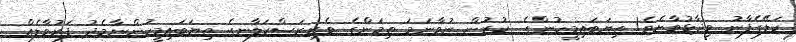
ކަލޭގެފާނު ވިދާޅުވާށެވެ! ތިޔަބައިމީހުންގެ  ކުރުން ނުވާނަމަ ތިމަންގެ ވެރިރަސްކަލާނގެ ތިޔަބައިމީހުންނާމެދު ފަރުވާލެއް